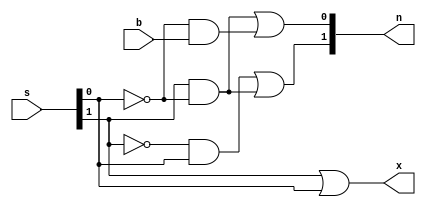
module laser_comb_logic (
   input          b,
   input [1:0]    s,
   output [1:0]   n,
   output         x);
   
   assign n[1] = ~s[1] & s[0] | s[1] & ~s[0];
   assign n[0] = s[1] & ~s[0] | ~s[0] & b;
   assign x    = s[1] | s[0];
   
endmodule